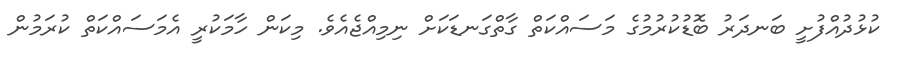
ކުޅުދުއްފުށީ ބަނދަރު ބޮޑުކުރުމުގެ މަސައްކަތް ގާތްގަނޑަކަށް ނިމިއްޖެއެވެ. މިކަން ހާމަކުރީ އެމަސައްކަތް ކުރަމުން